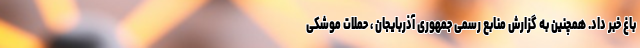
باغ خبر داد. همچنین به گزارش منابع رسمی جمهوری آذربایجان ، حملات موشکی